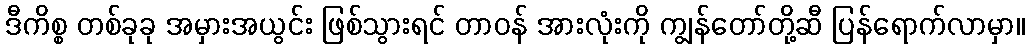
ဒီကိစ္စ တစ်ခုခု အမှားအယွင်း ဖြစ်သွားရင် တာဝန် အားလုံးကို ကျွန်တော်တို့ဆီ ပြန်ရောက်လာမှာ။